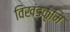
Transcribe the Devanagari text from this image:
विखंडकृमि